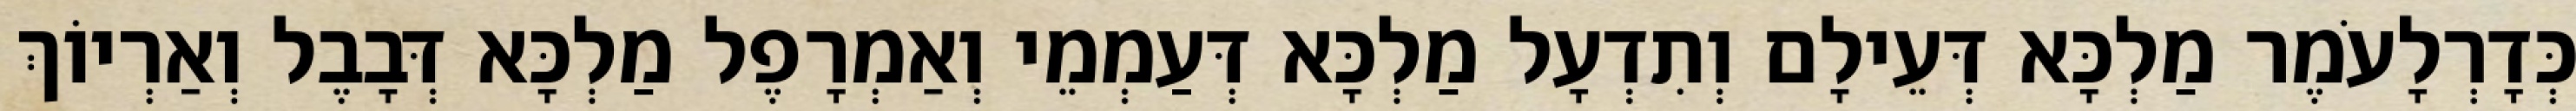
כְּדָרְלָעֹמֶר מַלְכָּא דְּעֵילָם וְתִדְעָל מַלְכָּא דְּעַמְמֵי וְאַמְרָפֶל מַלְכָּא דְּבָבֶל וְאַרְיוֹךְ